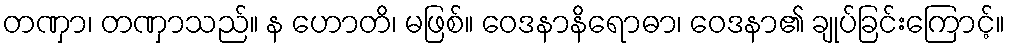
တဏှာ၊ တဏှာသည်။ န ဟောတိ၊ မဖြစ်။ ဝေဒနာနိရောဓာ၊ ဝေဒနာ၏ ချုပ်ခြင်းကြောင့်။